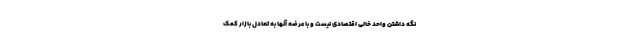
نگه داشتن واحد خالی اقتصادی نیست و با عرضه آنها به تعادل بازار کمک